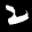
Label: 2